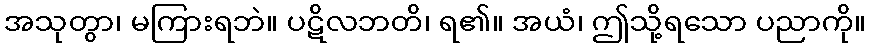
အသုတွာ၊ မကြားရဘဲ။ ပဋိလဘတိ၊ ရ၏။ အယံ၊ ဤသို့ရသော ပညာကို။